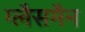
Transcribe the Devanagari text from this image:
ग्लैसमैन